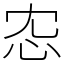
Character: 𢗐